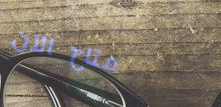
متاح الآن